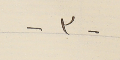
-٣-